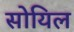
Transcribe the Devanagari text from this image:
सोयिल